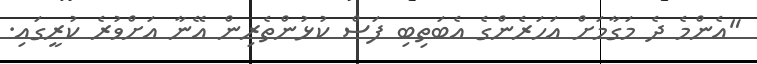
"އެންމެ ދެ މަގާމަށް އަހަރެންގެ އެބަތިބި ފަސް ކުޅުންތެރިން އޭނާ އަށްވުރެ ކުރީގައި.